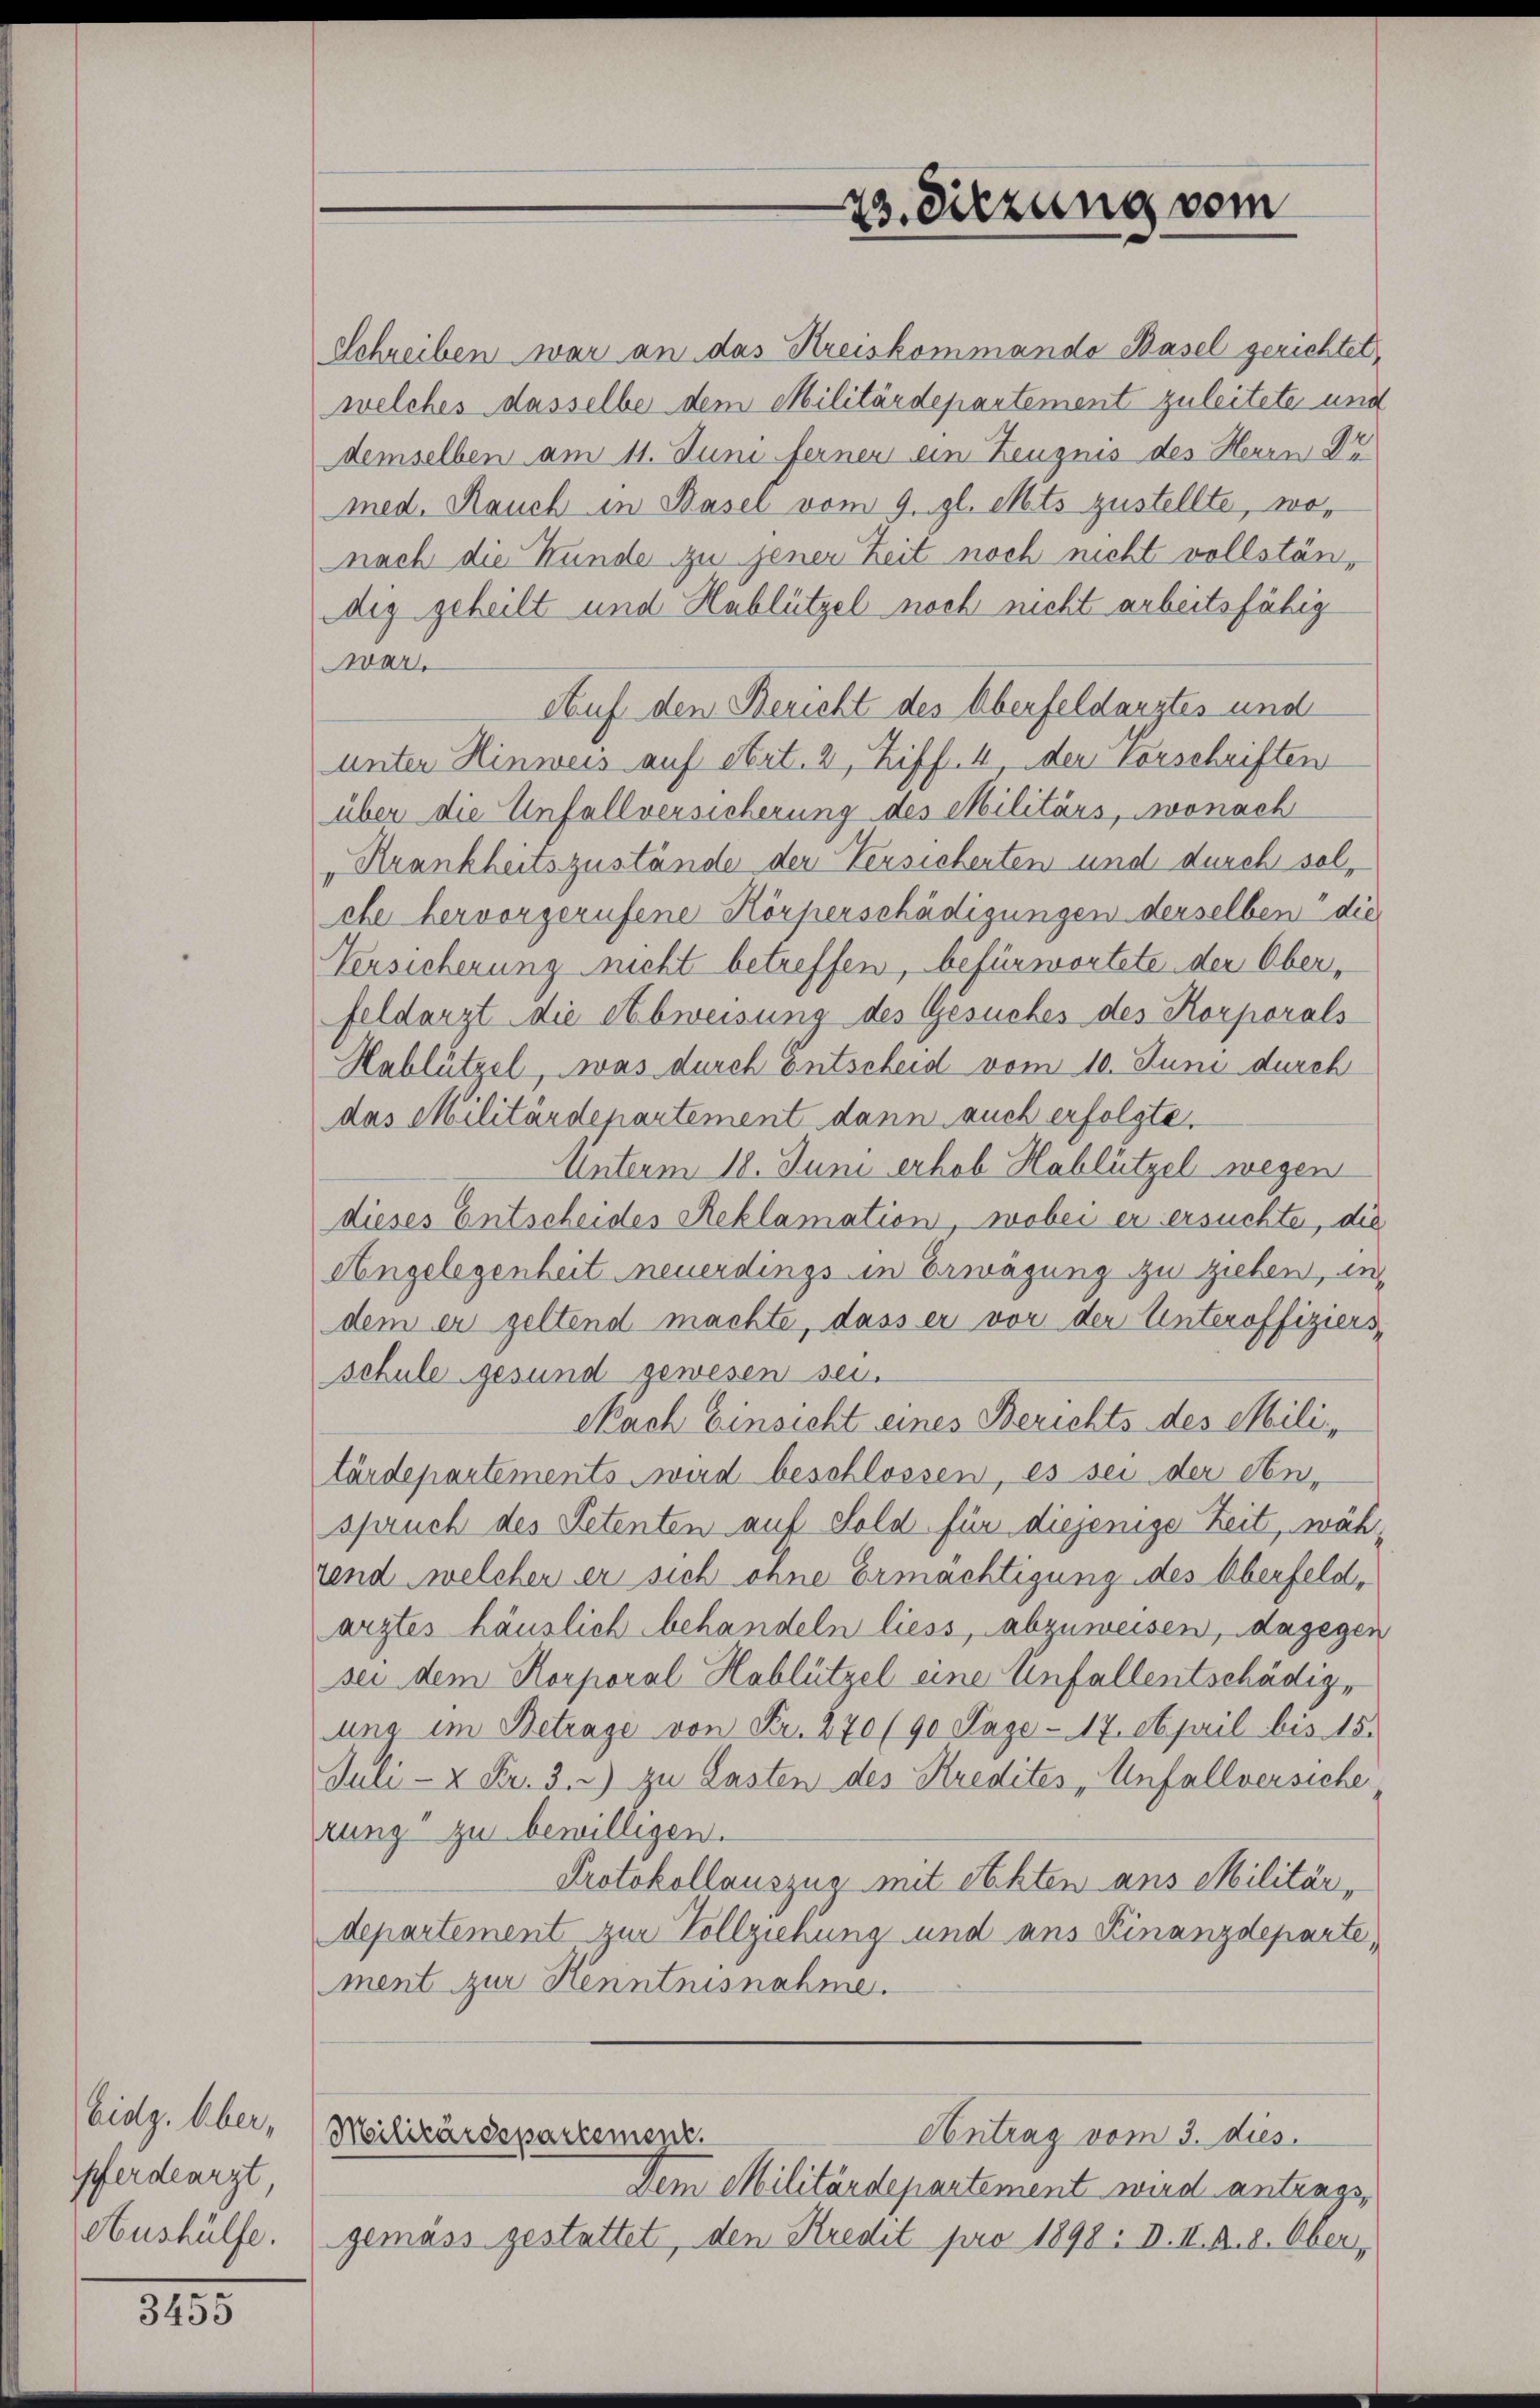
Eidg. Aber,
pferdearzt,
Aushülfe.

e
3455

Schreiben war an das Kreiskommando Basel gerichtet,
welches dasselbe dem Militärdepartement zuleitete und
demselben am 11. Juni ferner ein Zeugnis des Herrn Dr
med. Rauch in Basel vom 9. gl. Mts zustellte, wonach die Kunde zu jener Zeit noch nicht vollständig geheilt und Hablützel noch nicht arbeitsfähig
var.
Auf den Bericht des Oberfeldangtes und
unter Hinweis auf Art. 2, Ziff. 4, der Vorschriften
über die Unfallversicherung des Militärs, wonach
„Krankheitszustände der Versicherten und durch solcbe hervorgerufene Körperschädigungen derselben die
Versicherung nicht betreffen, befürwortete der Oberfeldarzt die Abweisung des Gesuches des Korporals
Hablützel, was durch Entscheid vom 10. Juni durch
das Militärdepartement dann auch erfolgte
Unterm 18. Juni erhob Hablützel wegen
dieses Entscheides Reklamation, wobei er ersuchte, die
Angelegenheit neuerdings in Erwägung zu ziehen, un
dem er geltend machte, dass er vor der Unteroffiziers,
schule gesund gewesen sei.
Nach Einsicht eines Berichts des Militärdepartements wird beschlossen, es sei der An-
spruch des Petenten auf Sold für diejenige Zeit, wäh-
uend welcher er sich ohne Ermächtigung des Oberfeld,
arztes häuslich behandeln liess, abzuweisen, dagegen
sei dem Korporal Hablützel eine Unfallentschädige
ung im Betrage von Fr. 270 (90 Tage - 17. April bis 15.
Juli- & Fr. 3.) zu Lasten des Kredites Anfallversiche
rung zu bewilligen.
Protokollauszug mit Sekten aus Militärdepartement zur Vollziehung und ans Finanzdeparte,
ment zur Kenntnisnahme.
Antrag vom 3. dies.
Militärdepartement.
Dem Militärdepartement wird antrags,
gemäss gestattet, den Kredit pro 1898: d. II. B. d. Ober¬

23. Sitzung vom